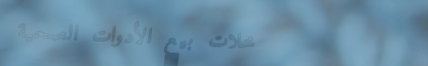
محلات بيع الأدوات الصحية